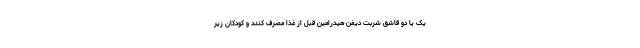
یک یا دو قاشق شربت دیفن هیدرامین قبل از غذا مصرف کنند و کودکان زیر